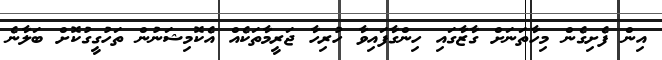
އިން ފެށިގެން މިހާތަނަށް ގާޒާގައި ހިންގާފައިވާ ހުރިހާ ޖަރީމާތަކެއް އެކޮމިޝަނުން ތަހުގީގުކޮށް ބަލާނެ